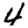
Digit: 4